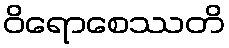
ဝိရောစေဿတိ